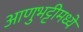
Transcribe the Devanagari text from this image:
आणुभट्टीमध्ये